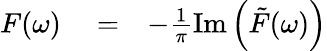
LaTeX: \begin{array}{rlr}{F(\omega)}&{{}=}&{-\frac{1}{\pi}\mathrm{Im}\left(\tilde{F}(\omega)\right)}\end{array}